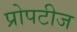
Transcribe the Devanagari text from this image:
प्रोपटीज